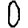
Digit: 0